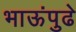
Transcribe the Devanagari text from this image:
भाऊंपुढे